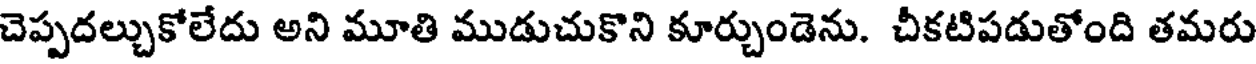
చెప్పదల్చుకోలేదు అని మూతి ముడుచుకొని కూర్చుండెను. చీకటిపడుతోంది తమరు